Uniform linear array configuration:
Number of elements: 4
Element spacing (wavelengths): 0.5
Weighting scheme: kaiser
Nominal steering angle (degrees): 60
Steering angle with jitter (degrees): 60.915
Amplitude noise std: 0.05
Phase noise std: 0.05

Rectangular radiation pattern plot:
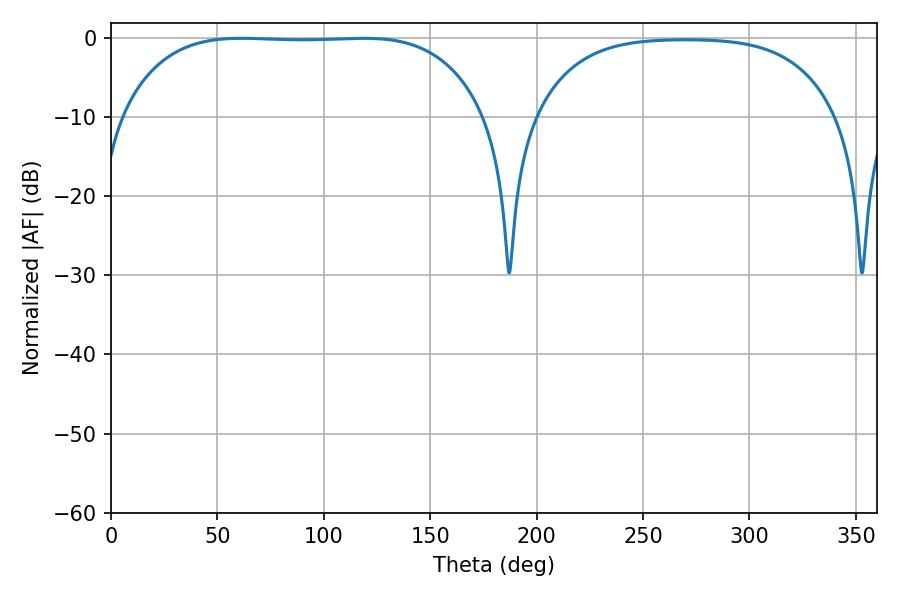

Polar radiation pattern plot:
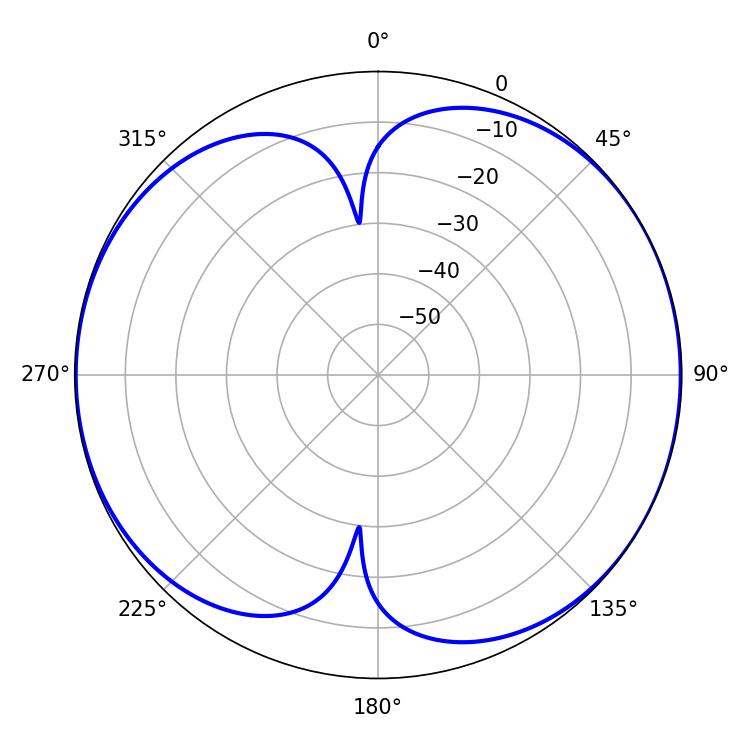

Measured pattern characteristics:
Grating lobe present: FALSE
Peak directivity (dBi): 7.513
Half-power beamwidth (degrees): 132.48
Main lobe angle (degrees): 61.38